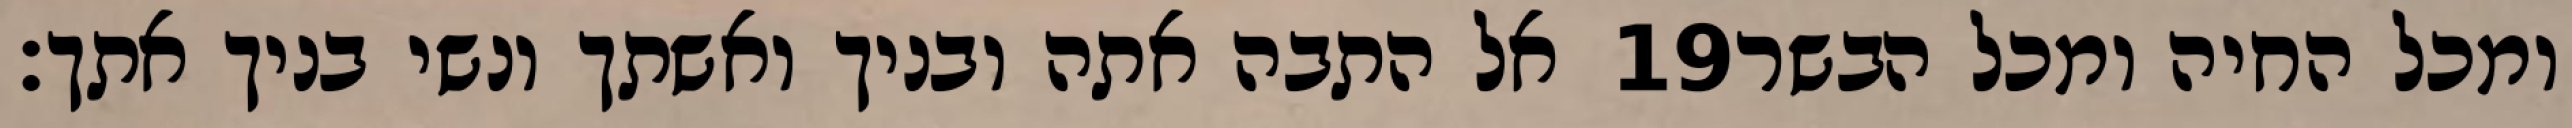
אל התבה אתה ובניך ואשתך ונשי בניך אתך׃ ‎19‏ ומכל החיה ומכל הבשר